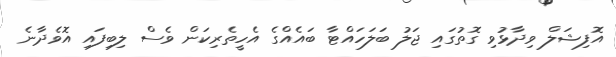
އޮފިޝަލް ވިދާޅުވި ގޮތުގައި ޖަލު ބަލަހައްޓާ ބައެއްގެ އެހީތެރިކަން ވެސް ލިބިފައި އޮވެދާނެ